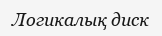
Логикалық диск